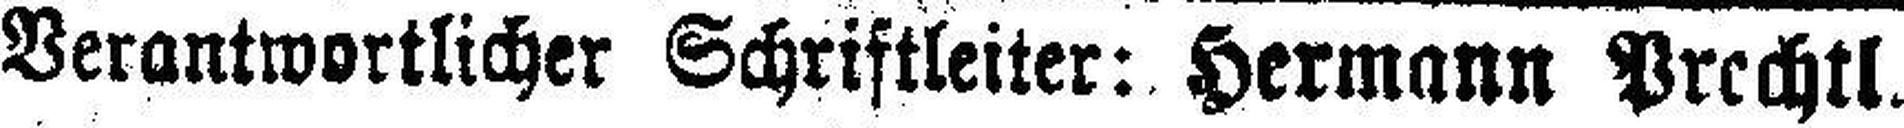
Verantwortlicher Schriftleiter: Hermann Prechtl.